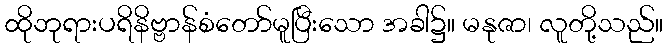
ထိုဘုရားပရိနိဗ္ဗာန်စံတော်မူပြီးသော အခါ၌။ မနုဇာ၊ လူတို့သည်။